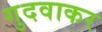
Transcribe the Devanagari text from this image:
गुदवाकर